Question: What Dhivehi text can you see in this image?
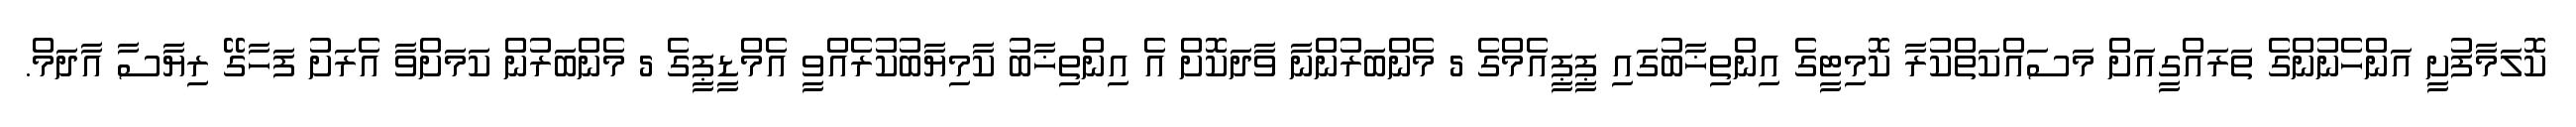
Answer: ކޮލަމާފުށީ އަންހެނުންގެ ތަރައްގީއަށް މަސައްކަތްކުރާ ކޮމިޓީގެ އިންތިޚާބުގައި ޕީޕީއެމްގެ 5 މެންބަރުންނާ ވާދަކޮށް އެ އިންތިޚާބު ކާމިޔާބުކުރެއްވީ އެމްޑީޕީގެ 5 މެންބަރުން ކަމަށްވާ އެރަށު ފަހާގޭ ރިޔާސާ އާދަމް.